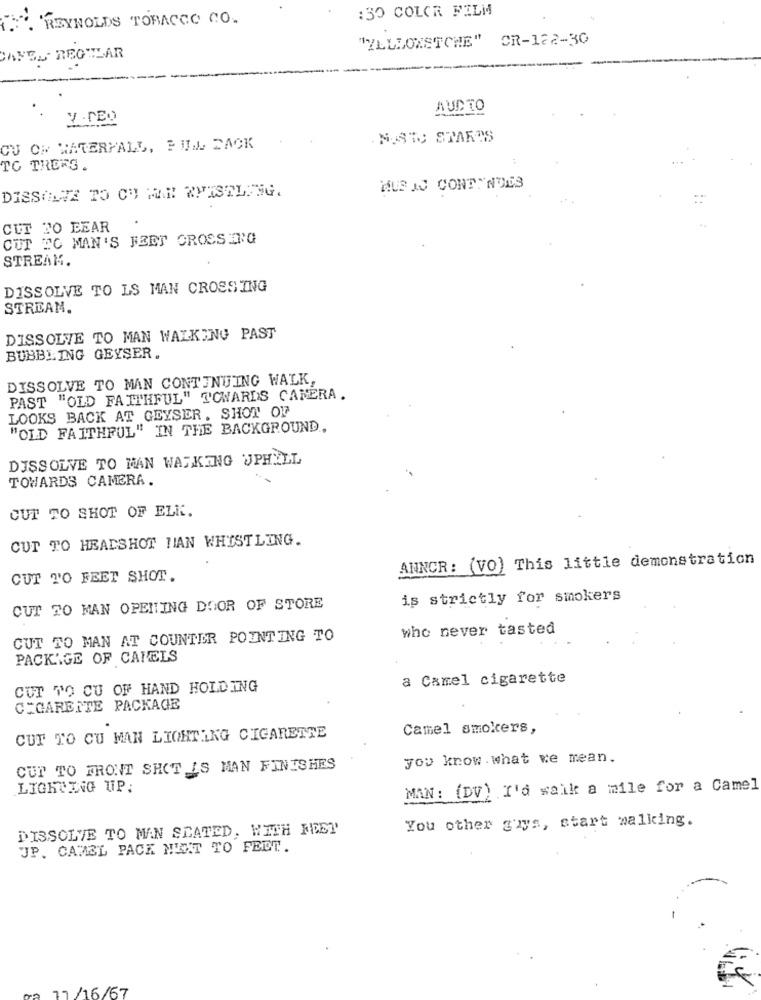
:30 COLOR FILM
REYNOLDS TOBACCO CO.
"YLLSONSTCHE" CR-122-30
CANES REGULAR
AUDIO
VIDEO
NOSTO STARTS
CU OM WATERFALL, PULL DACK
TO TREFG .
MUS JJ CONTINUES
DISSOLVE TO CU MAN WHISTLING.
CUT TO EEAR
CUT EO MAN'S FEET CROSSERG
STREAM.
DISSOLVE TO LS MAN CROSSING
STREAM.
DISSOLVE TO MAN WALKING PAST
BUBBLING GEYSER.
DISSOLVE TO MAN CONTINUING WALK,
PAST "OLD FAITHFUL" TOWARDS CAMERA.
LOOKS BACK AT GEYSER. SHOT OF
"OLD FAITHFUL" IN THE BACKGROUND,
DISSOLVE TO MAN WALKING UPHILL
TOWARDS CAMERA.
CUT TO SHOT OF ELR.
CUT TO HEADSHOT HAN WHISTLING.
ANNCR: (VO) This little demonstration
CUT TO FEET SHOT.
is strictly for smokers
CUT TO MAN OPENTING DOOR OF STORE
who never tasted
CUT TO MAN AT COUNTER POINTING TO
PACKAGE OF CAMELS
a Camel cigarette
CUT TO CU OF HAND HOLDING
CIGARETTE PACKAGE
Camel smokers,
CUT TO CU MAN LIGHTING CIGARETTE
you know . what we mean.
CUT TO FRONT SHOT LS MAN FINISHES
LIGHTING UP;
MAN: (DV) I'd waik a mile for a Came]
You other guys, start walking.
DISSOLVE TO MAN SEATED, WITH FEET
JP. CAMEL PACK NEXT TO FEET.
11 /16/67